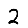
Digit: 2